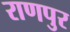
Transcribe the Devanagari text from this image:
राणपुर